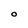
Character: O